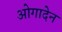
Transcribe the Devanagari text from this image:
ओगादेन